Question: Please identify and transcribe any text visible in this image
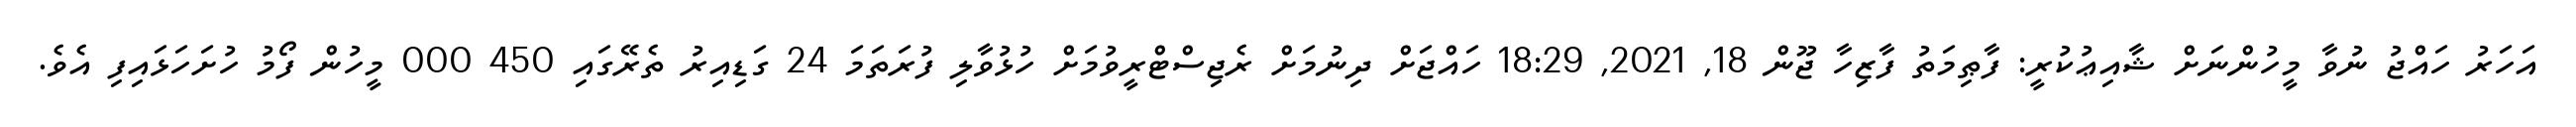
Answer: އަހަރު ހައްޖު ނުވާ މީހުންނަށް ޝާއިޢުކުރީ: ފާޠިމަތު ފާޒިހާ ޖޫން 18, 2021, 18:29 ހައްޖަށް ދިނުމަށް ރެޖިސްޓްރީވުމަށް ހުޅުވާލި ފުރަތަމަ 24 ގަޑިއިރު ތެރޭގައި 450 000 މީހުން ފޯމު ހުށަހަޅައިފި އެވެ.